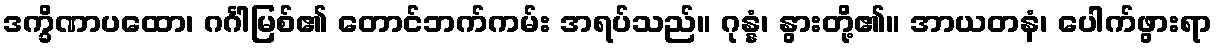
ဒက္ခိဏာပထော၊ ဂင်္ဂါမြစ်၏ တောင်ဘက်ကမ်း အရပ်သည်။ ဂုန္နံ၊ နွားတို့၏။ အာယတနံ၊ ပေါက်ဖွားရာ